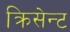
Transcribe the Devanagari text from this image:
क्रिसेन्‍ट